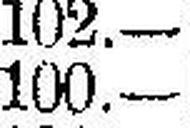
100.—